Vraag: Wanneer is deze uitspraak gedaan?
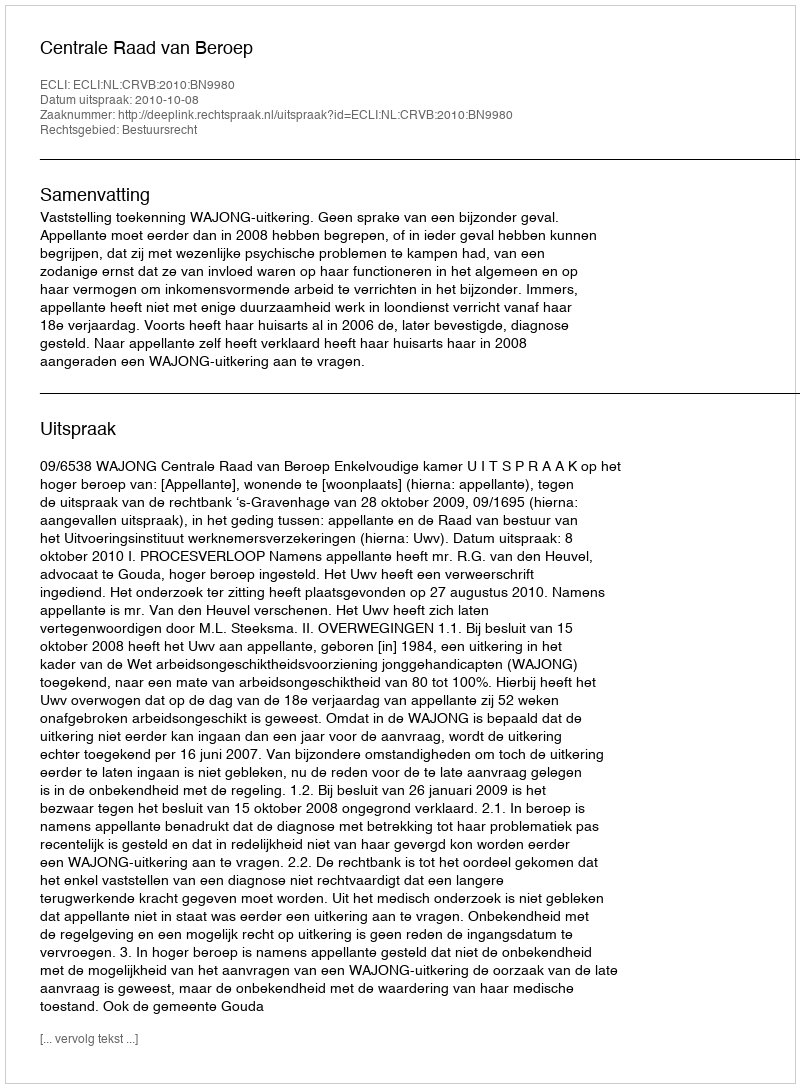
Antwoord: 2010-10-08